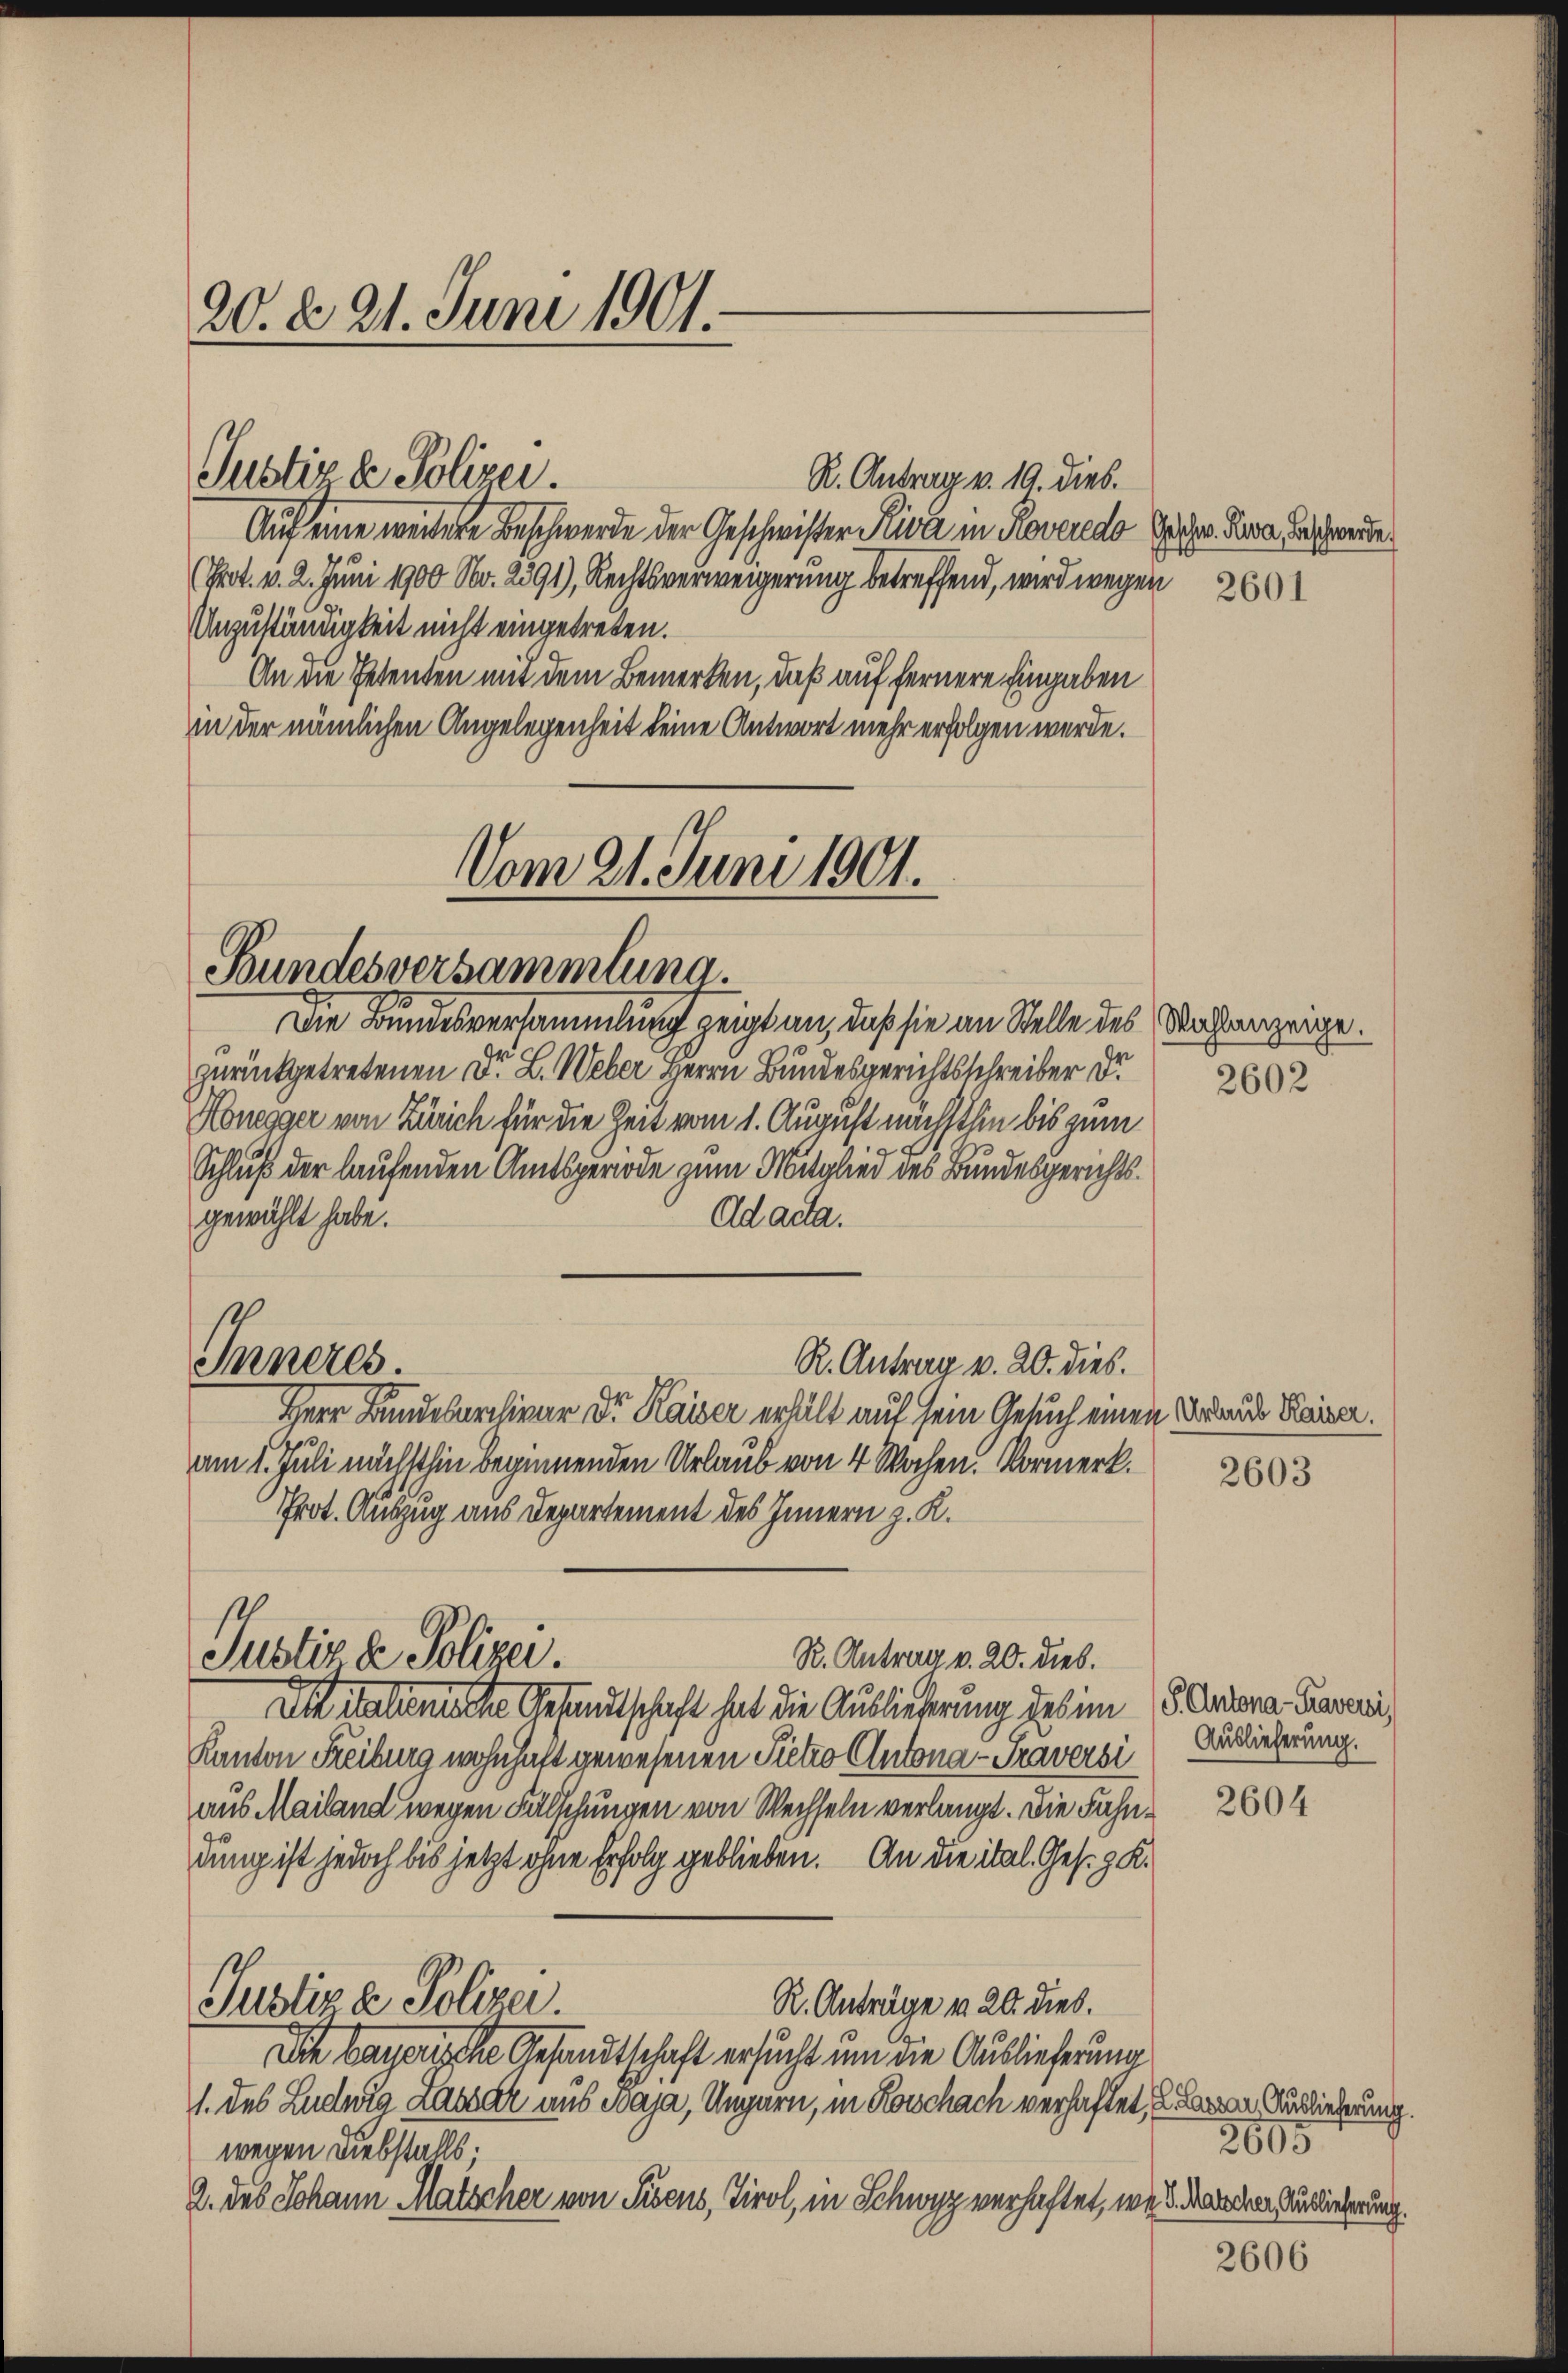
20. d. 21. Juni 1901.

Auf eine werdere Beschwerde der Geschwister Riva in Roveredo Puze Rena Beschwerde
(Prot. v. 2. Juni 1900 No. 2291), Rechtsverweigerung betreffend, wird wegen
Unzuständigkeit nicht eingetreten.
An die Petenten mit dem Bemerken, daß auf fernere Eingaben
in der nämlichen Angelegenheit keine Antwort mehr erfolgen werde.

Justiz & Polizei.

Vom 21. Juni 1901.
Bundesversammlung.
Die Bundesversammlung zeigt an, daß sie an Stelle des Wachanzeige.

Inneres.

R. Antrag v. 19. dies.

zurückgetretenen Dr. L. Weber Herrn Bundesgerichtsschreiber d
Honegger von Zürich für die Zeit vom 1. August nächsthin bis zum
Schluß der laufenden Amtsperiode zum Mitglied des Bundesgerichts
Ad acta.
gewählt habe.
R. Antrag v. 20. dies.
Herr Bundebarchivar Dr. Kaiser erhält auf sein Gesuch eine
am 1. Juli nächsthin beginnenden Urlaub von 4 Wochen. Vormerk.
Prot. Auszug aus Departement des Innern z. K.
Justiz & Polizei.
R. Antrag v. 20. Dieb.
Anitalienalte Gesandtschaft hat die Ausliederung desim
Kanton Freiburg wohnhaft gewesenen Pietro Antona - Traversi
aus Mailand wegen Fälschungen von Wechseln verlangt. Die Fahn
dung ist jedoch bis jetzt ohne Erfolg geblieben. An die ital. Gesez K
Justiz & Polizei.
R. Anträge v. 20. dies.
Die bauerische Gesandtschaft ersucht um die Auslieferung
1. des Ludwig Lasser aus Maja, Ungarn, in Kochach verhaftet
wegen Diebstalls:
2. des Johann Matscher von Pisens, Tirol, in Schwyz verhaftet, w

t

2602

u Urlaub Kaiser.

2603

P. Antona-Kraversi
Auslieferung.

2604

2606

Lazar, Auslieferung.
2605
4. d. Matscher, Auslieferung.